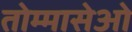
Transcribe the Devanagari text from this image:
तोम्मासेओ